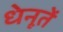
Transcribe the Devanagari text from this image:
धेनूतें